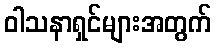
ဝါသနာရှင်များအတွက်